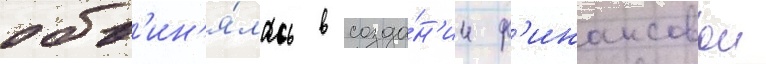
обв'ин'я́лась в созда́н'ии ф'инансовои